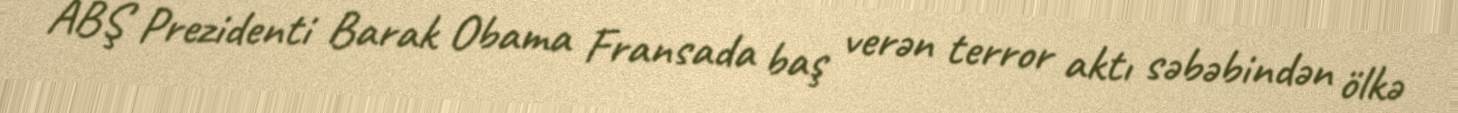
ABŞ Prezidenti Barak Obama Fransada baş verən terror aktı səbəbindən ölkə